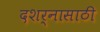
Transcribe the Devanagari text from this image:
दशर्नासाठी